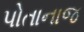
પોતાનાજ